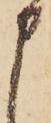
申